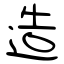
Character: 造